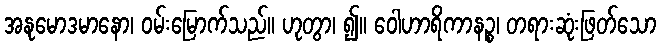
အနုမောဒမာနော၊ ဝမ်းမြောက်သည်။ ဟုတွာ၊ ၍။ ဝေါဟာရိကာနဉ္စ၊ တရားဆုံးဖြတ်သော